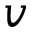
v